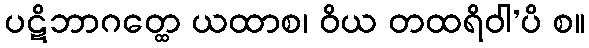
ပဋိဘာဂတ္ထေ ယထာစ၊ ဝိယ တထရိဝါ’ပိ စ။